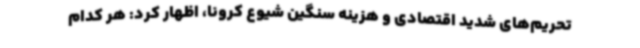
تحریم‌های شدید اقتصادی و هزینه سنگین شیوع کرونا، اظهار کرد: هر کدام